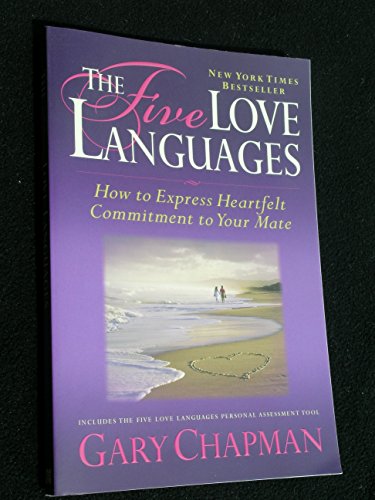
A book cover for The Five Love Languages: How to Express Heartfelt Commitment to Your Mate; Gary Chapman; Parenting & Relationships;